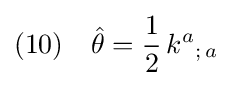
(10)\quad {\hat {\theta }}={\frac {1}{2}}\,k^{a}{}_{;\,a}\;